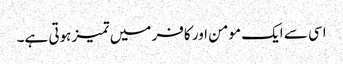
اسی سے ایک مومن اور کافر میں تمیز ہوتی ہے۔